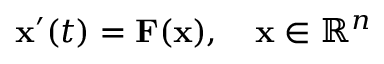
\mathbf { x } ^ { \prime } ( t ) = \mathbf { F } ( \mathbf { x } ) , \quad \mathbf { x } \in \mathbb { R } ^ { n }